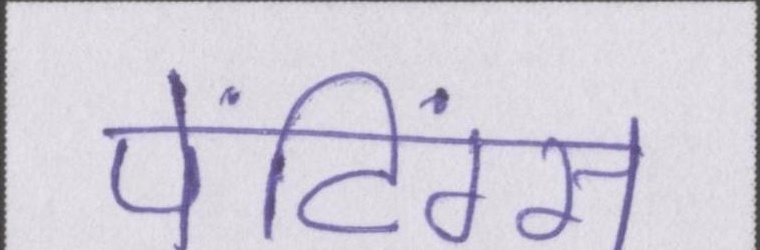
पेंटिंग्स